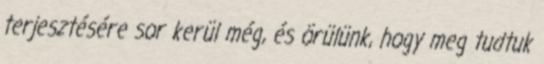
terjesztésére sor kerül még, és örülünk, hogy meg tudtuk